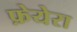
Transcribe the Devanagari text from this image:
फ़ेयेरा